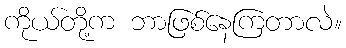
ကိုယ်တို့က ဘာဖြစ်နေကြတာလဲ။